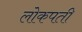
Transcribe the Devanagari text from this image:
लोकपती